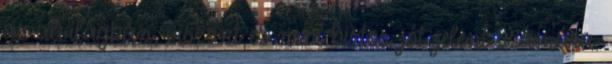
az alvilágban, viszont ez nem biztos jót jelent számára.